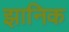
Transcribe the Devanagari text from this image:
झानिक